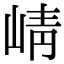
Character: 崝